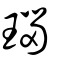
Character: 瑙